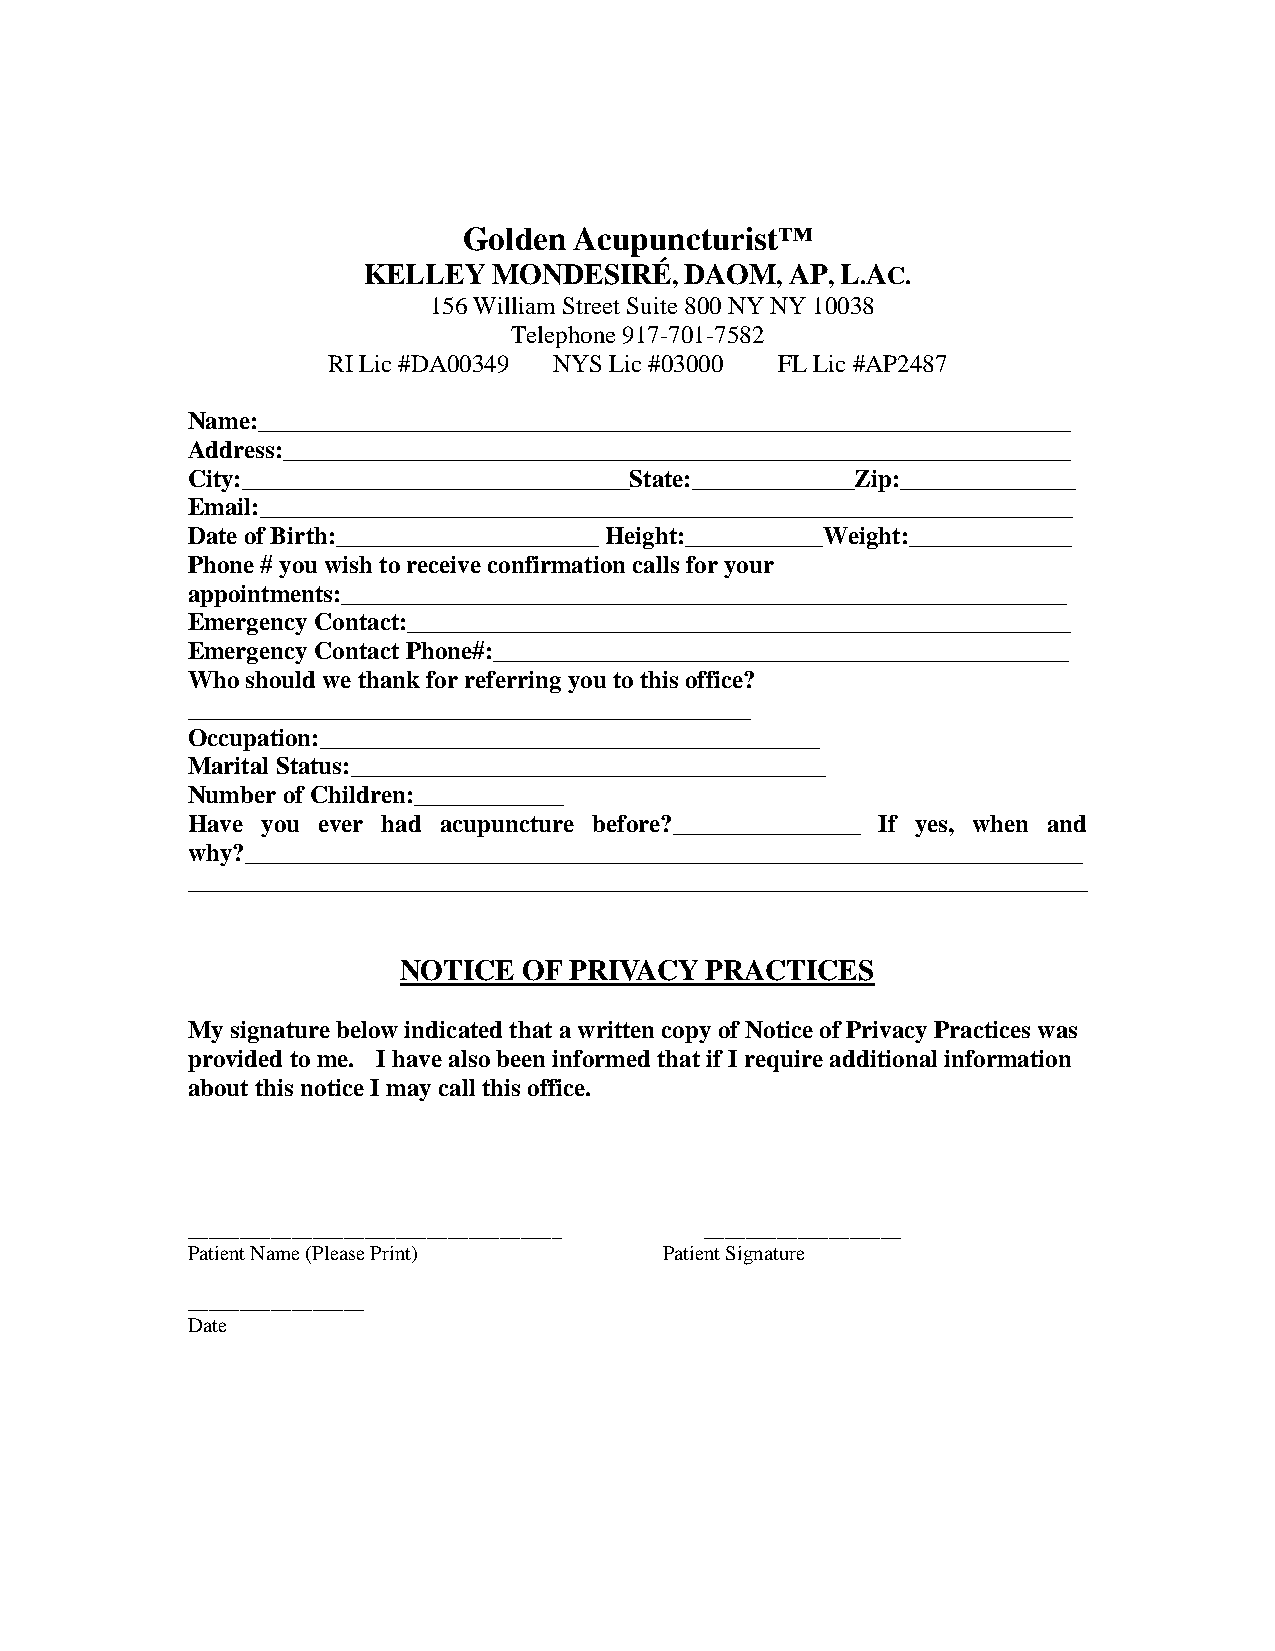
Golden Acupuncturist™
 KELLEY   MONDESIRÉ,  DAOM,  AP, L.AC.
 156 William Street Suite 800 NY NY 10038
 Telephone 917-701-7582
 RI Lic #DA00349 NYS Lic #03000 FL Lic #AP2487
 Name:_________________________________________________________________
 Address:_______________________________________________________________
 City:_______________________________State:_____________Zip:______________
 Email:_________________________________________________________________
 Date of Birth:_____________________ Height:___________Weight:_____________
 Phone # you wish to receive confirmation calls for your
 appointments:__________________________________________________________
 Emergency Contact:_____________________________________________________
 Emergency Contact Phone#:______________________________________________
 Who should we thank for referring you to this office?
 _____________________________________________
 Occupation:________________________________________
 Marital Status:______________________________________
 Number of Children:____________
 Have you ever had acupuncture before?_______________ If yes, when and
 why?___________________________________________________________________
 ________________________________________________________________________
 NOTICE   OF PRIVACY  PRACTICES
 My signature below indicated that a written copy of Notice of Privacy Practices was
 provided to me. I have also been informed that if I require additional information
 about this notice I may call this office.
 ____________________________________ ___________________
 Patient Name (Please Print)     Patient Signature
 _________________
 Date